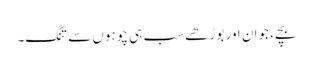
بچے، جوان اور بوڑھے سب ہی چوہوں سے تنگ۔